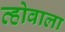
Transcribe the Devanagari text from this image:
व्होवाला